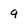
Character: q